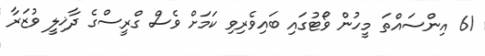
61 އިންސައްތަ މީހުން ވޯޓުގައި ބައިވެރިވި ކަމަށް ވެސް ގްރީސްގެ ދާޚިލީ ވުޒަރާ